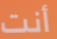
أنت